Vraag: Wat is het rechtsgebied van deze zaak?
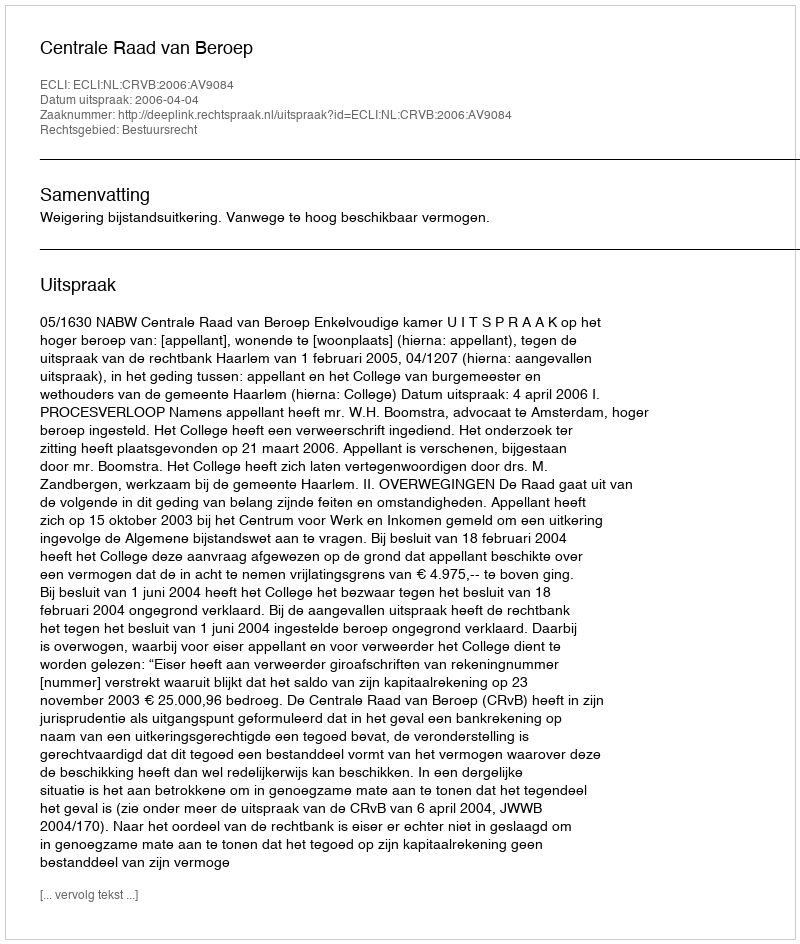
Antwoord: Bestuursrecht